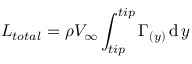
L _ { t o t a l } = \rho V _ { \infty } \int _ { t i p } ^ { t i p } \Gamma _ { ( y ) } \operatorname { d } y